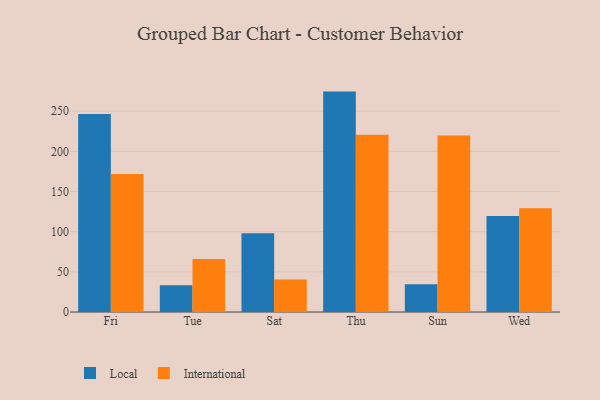
{"axis": {"x": "Day", "y": "Shipments"}, "legend": ["International", "Local"], "data": [{"x": "Fri", "y": 246.6, "type": "Local"}, {"x": "Fri", "y": 171.8, "type": "International"}, {"x": "Tue", "y": 33.3, "type": "Local"}, {"x": "Tue", "y": 66.1, "type": "International"}, {"x": "Sat", "y": 98.0, "type": "Local"}, {"x": "Sat", "y": 40.5, "type": "International"}, {"x": "Thu", "y": 274.4, "type": "Local"}, {"x": "Thu", "y": 220.6, "type": "International"}, {"x": "Sun", "y": 34.5, "type": "Local"}, {"x": "Sun", "y": 219.7, "type": "International"}, {"x": "Wed", "y": 119.5, "type": "Local"}, {"x": "Wed", "y": 129.1, "type": "International"}]}